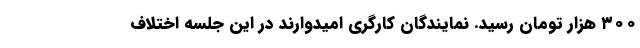
۳۰۰ هزار تومان رسید. نمایندگان کارگری امیدوارند در این جلسه اختلاف